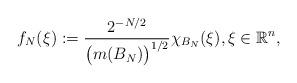
LaTeX: \begin{align*}f_{N}(\xi) := \frac{2^{-N/2}}{\big(m(B_{N})\big)^{1/2}}\chi_{B_{N}}(\xi), \xi \in \mathbb{R}^{n},\end{align*}